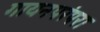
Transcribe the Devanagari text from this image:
गायनपरंपरा